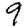
Digit: 9